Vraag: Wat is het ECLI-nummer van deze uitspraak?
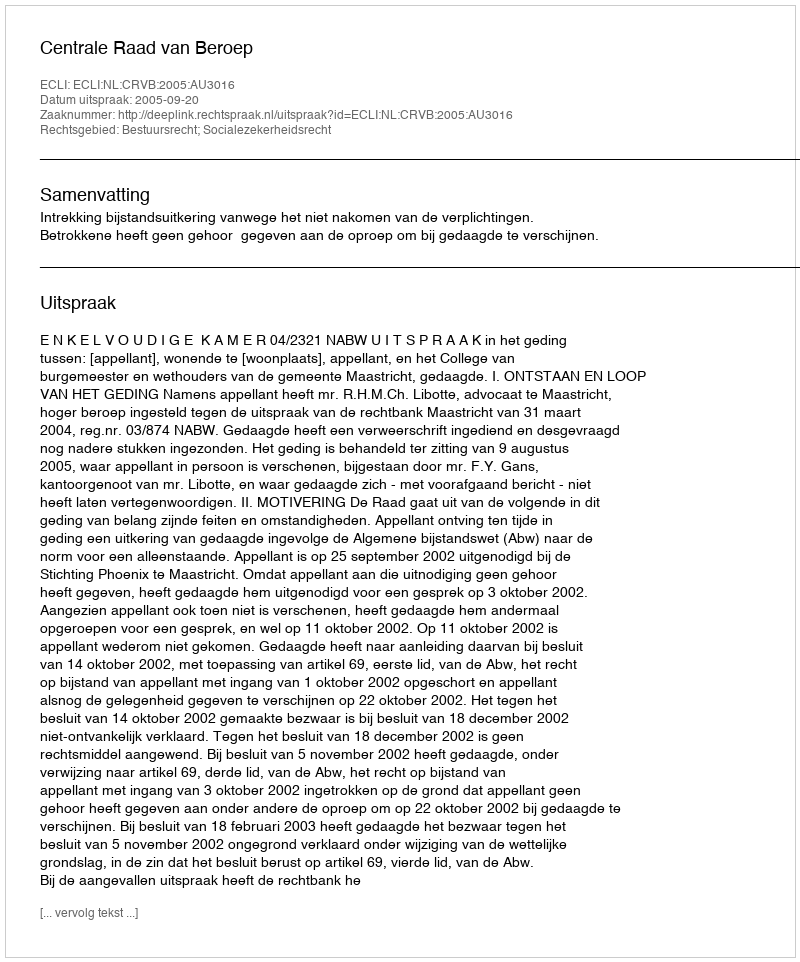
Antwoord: ECLI:NL:CRVB:2005:AU3016